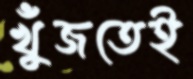
খুঁজতেই